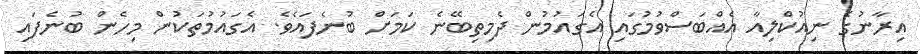
އިރާނުގެ ނިއުކްލިއާ އެއްބަސްވުމުގައި އެގައުމުން ދެމިތިބޭނެ ކަމަށް ބުނެފައެވެ. އެގައުމުތަކުން މިހެން ބުނެފައި